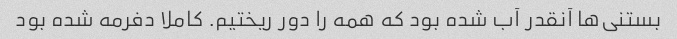
بستنی‌ها آنقدر آب شده بود که همه را دور ریختیم. کاملا دفرمه شده بود